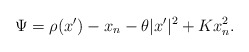
\begin{align*}\Psi = \rho (x') - x_n - \theta |x'|^2 + K x_n^2.\end{align*}